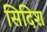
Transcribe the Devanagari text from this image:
सिदिश